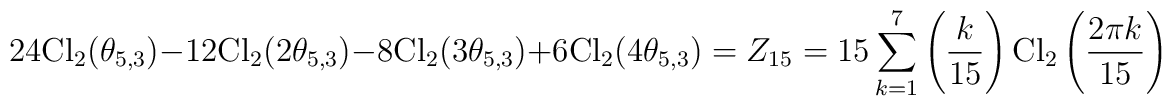
24{\rm Cl}_2(\theta_{5,3})-12{\rm Cl}_2(2\theta_{5,3})-8{\rm Cl}_2(3\theta_{5,3})+6{\rm Cl}_2(4\theta_{5,3})=Z_{15}=15\sum_{k=1}^7\left(\frac{k}{15}\right){\rm Cl}_2\left(\frac{2\pi k}{15}\right)